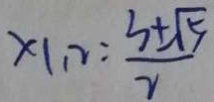
\times 1 . 2 : \frac { 3 \pm \sqrt { 5 } } { 2 }